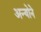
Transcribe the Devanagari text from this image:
अन्योने